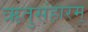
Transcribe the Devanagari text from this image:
ऋतुसंहारम्